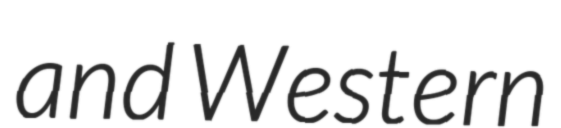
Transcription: and Western